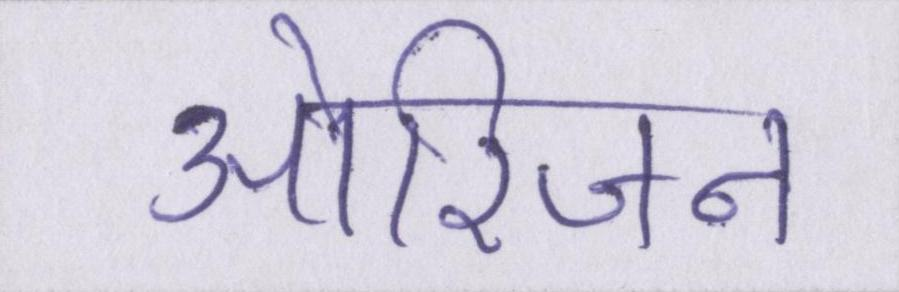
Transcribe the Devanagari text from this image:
ओरिजन